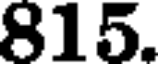
815.